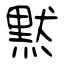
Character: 黙